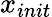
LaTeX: x_{init}